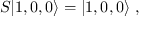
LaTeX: S | 1 , 0 , 0 \rangle = | 1 , 0 , 0 \rangle \ ,